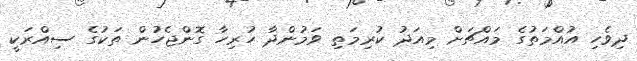
ދިވެހި އުއްމަތުގެ މައްޗަށް މިއަދު ކުރިމަތި ވަމުންދާ ހުރިހާ ގޮންޖެހުން ތަކުގެ ސިއްރަކީ